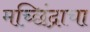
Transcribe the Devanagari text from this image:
मच्छिंद्राचा